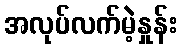
အလုပ်လက်မဲ့နှုန်း